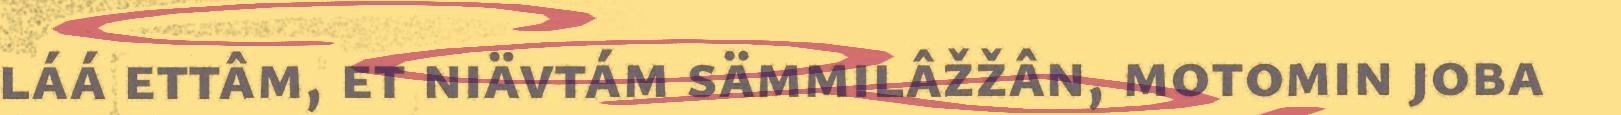
láá ettâm, et niävtám sämmilâžžân, motomin joba